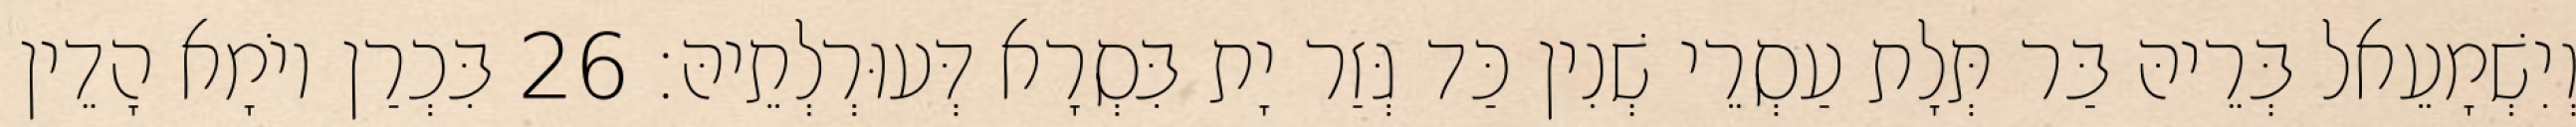
וְיִשְׁמָעֵאל בְּרֵיהּ בַּר תְּלָת עַסְרֵי שְׁנִין כַּד גְּזַר יָת בִּסְרָא דְּעוּרְלְתֵיהּ׃ 26 בִּכְרַן יוֹמָא הָדֵין